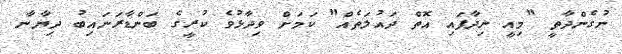
ނުގެންދާތީ "މިއީ ނިދާފައި އޮތް ދައުލަތެއް" ކަމަށް ވިދާޅުވެ ކުރީގެ ބަންޑާރަނައިބު ދިޔާނާ